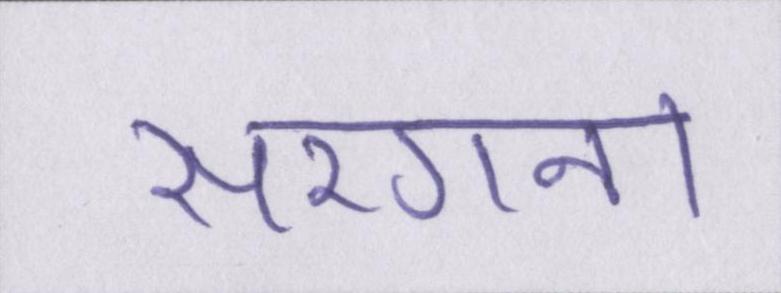
सरगना